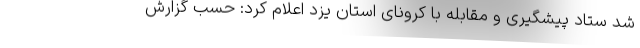
شد ستاد پیشگیری و مقابله با کرونای استان یزد اعلام کرد: حسب گزارش